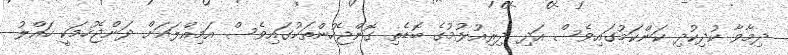
ދިމާވާ ކުދިކުދި ކަންކަމުގައިވެސް އަދި ދިރިއުޅުމުގެ ބޮޑެތި ގޮންޖެހުންތަކުގައިވެސް އަމިއްލައަށް ދަންޖެހުމަކީ ހައްލު